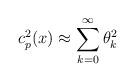
LaTeX: \begin{align*}c^2_p(x)\approx \sum_{k=0}^\infty \theta^2_k\end{align*}